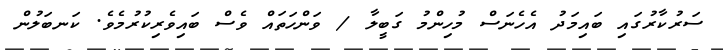
ސަރުކާރުގައި ބައިމަދު އެހެނަސް މުހިންމު ގަބީލާ / ވަންހަތައް ވެސް ބައިވެރިކުރުމެެވެ. ކަނބަލުން